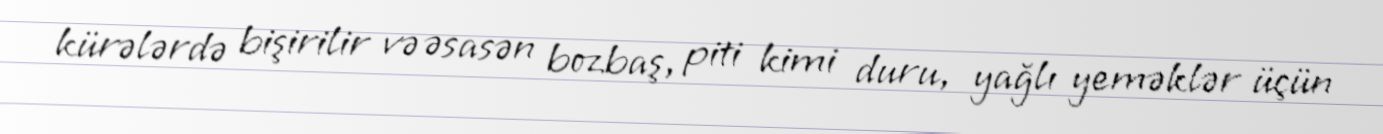
kürələrdə bişirilir və əsasən bozbaş, piti kimi duru, yağlı yeməklər üçün